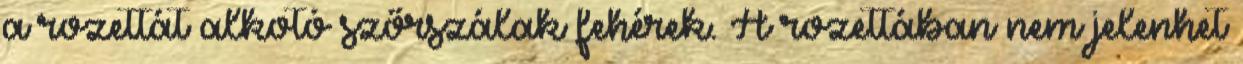
a rozettát alkotó szőrszálak fehérek. A rozettában nem jelenhet